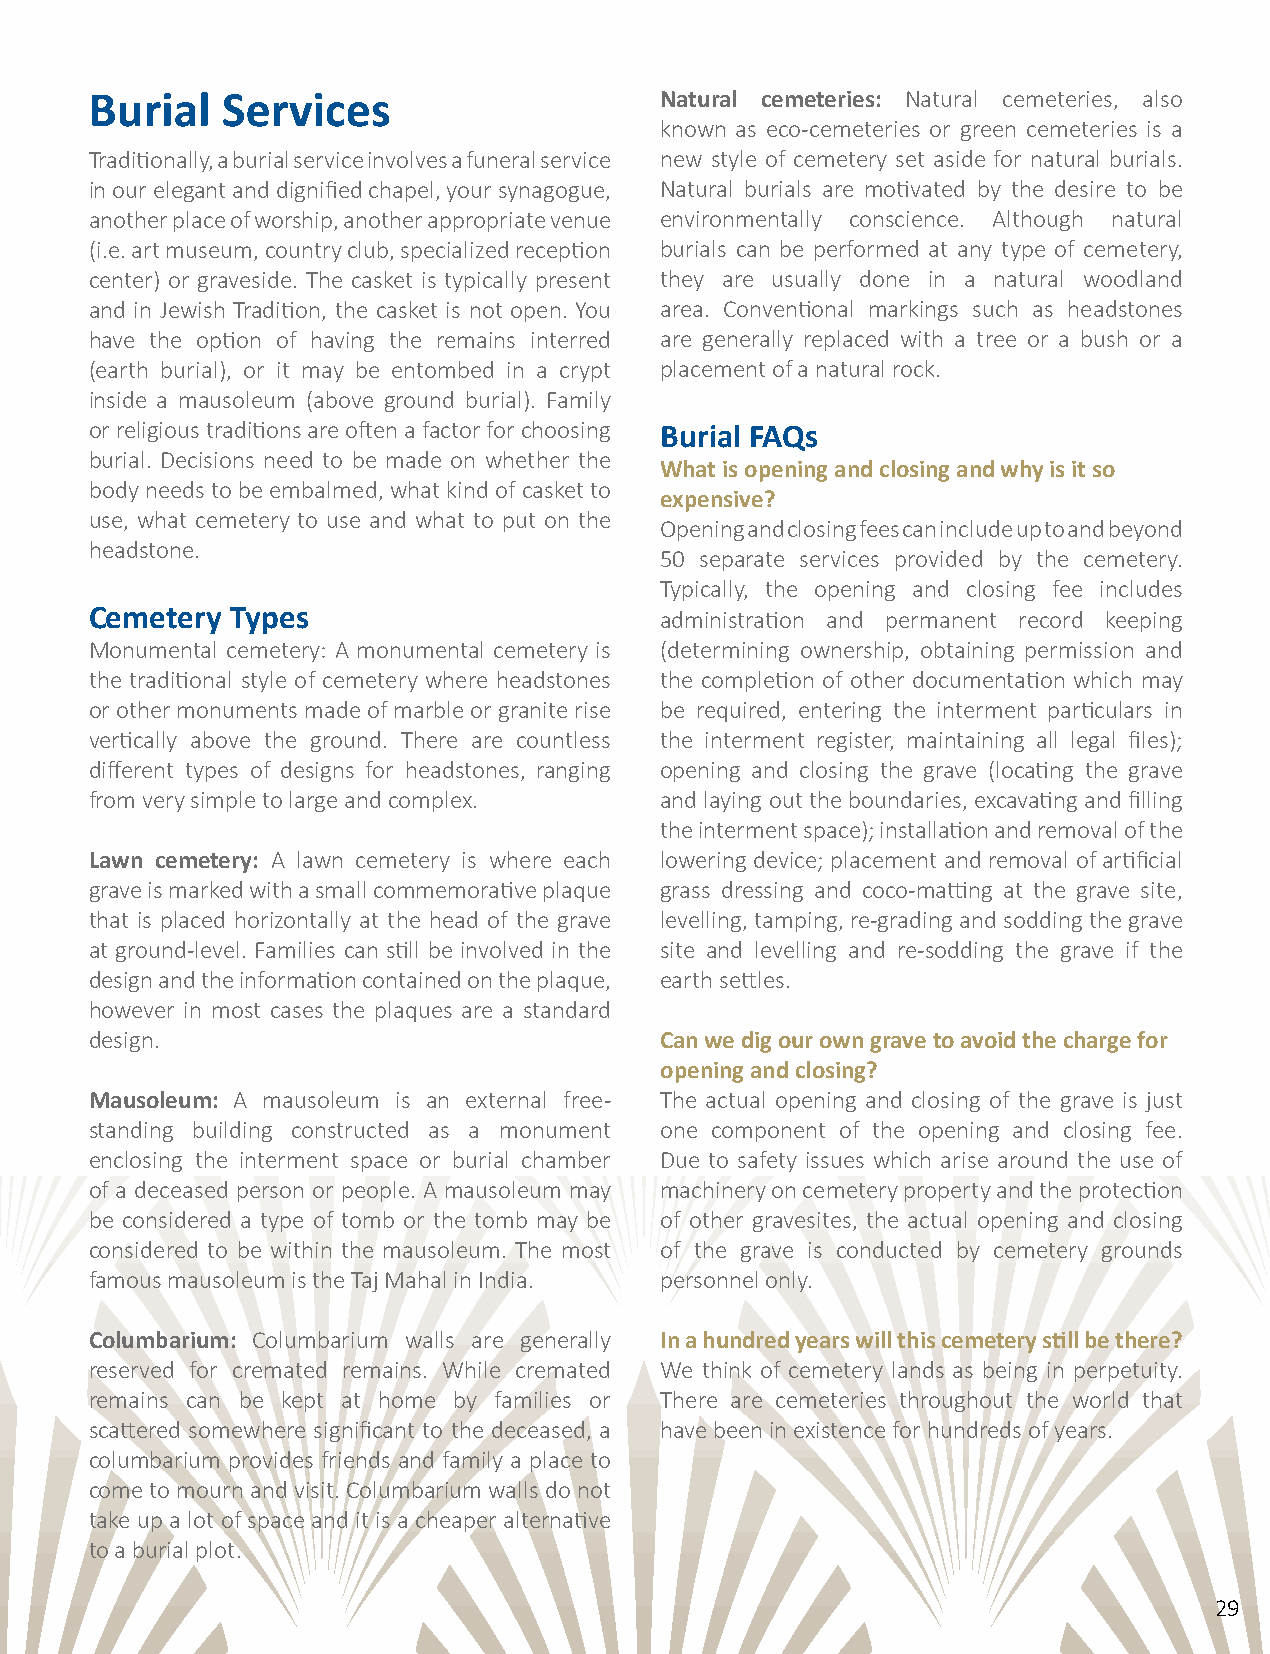
Burial   Services                     Natural cemeteries: Natural cemeteries, also
 known as eco-cemeteries or green cemeteries is a
 Traditionally, a burial service involves a funeral service new style of cemetery set aside for natural burials.
 in our elegant and dignified chapel, your synagogue, Natural burials are motivated by the desire to be
 another place of worship, another appropriate venue environmentally conscience. Although natural
 (i.e. art museum, country club, specialized reception burials can be performed at any type of cemetery,
 center) or graveside. The casket is typically present they are usually done in a natural woodland
 and in Jewish Tradition, the casket is not open. You area. Conventional markings such as headstones
 have the option of having the remains interred are generally replaced with a tree or a bush or a
 (earth burial), or it may be entombed in a crypt placement of a natural rock.
 inside a mausoleum (above ground burial). Family
 or religious traditions are often a factor for choosing Burial FAQs
 burial. Decisions need to be made on whether the
 What is opening and closing and why is it so
 body needs to be embalmed, what kind of casket to
 expensive?
 use, what cemetery to use and what to put on the
 Opening and closing fees can include up to and beyond
 headstone.
 50 separate services provided by the cemetery.
 Typically, the opening and closing fee includes
 Cemetery Types                        administration and permanent record keeping
 Monumental cemetery: A monumental cemetery is (determining ownership, obtaining permission and
 the traditional style of cemetery where headstones the completion of other documentation which may
 or other monuments made of marble or granite rise be required, entering the interment particulars in
 vertically above the ground. There are countless the interment register, maintaining all legal files);
 different types of designs for headstones, ranging opening and closing the grave (locating the grave
 from very simple to large and complex. and laying out the boundaries, excavating and filling
 the interment space); installation and removal of the
 Lawn cemetery: A lawn cemetery is where each lowering device; placement and removal of artificial
 grave is marked with a small commemorative plaque grass dressing and coco-matting at the grave site,
 that is placed horizontally at the head of the grave levelling, tamping, re-grading and sodding the grave
 at ground-level. Families can still be involved in the site and levelling and re-sodding the grave if the
 design and the information contained on the plaque, earth settles.
 however in most cases the plaques are a standard
 design.                               Can we dig our own grave to avoid the charge for
 opening and closing?
 Mausoleum: A mausoleum is an external free- The actual opening and closing of the grave is just
 standing building constructed as a monument one component of the opening and closing fee.
 enclosing the interment space or burial chamber Due to safety issues which arise around the use of
 of a deceased person or people. A mausoleum may machinery on cemetery property and the protection
 be considered a type of tomb or the tomb may be of other gravesites, the actual opening and closing
 considered to be within the mausoleum. The most of the grave is conducted by cemetery grounds
 famous mausoleum is the Taj Mahal in India. personnel only.
 Columbarium: Columbarium walls are generally In a hundred years will this cemetery still be there?
 reserved for cremated remains. While cremated We think of cemetery lands as being in perpetuity.
 remains can be kept at home by families or There are cemeteries throughout the world that
 scattered somewhere significant to the deceased, a have been in existence for hundreds of years.
 columbarium provides friends and family a place to
 come to mourn and visit. Columbarium walls do not
 take up a lot of space and it is a cheaper alternative
 to a burial plot.
 29